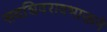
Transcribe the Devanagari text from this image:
सदशिवरावभाऊने